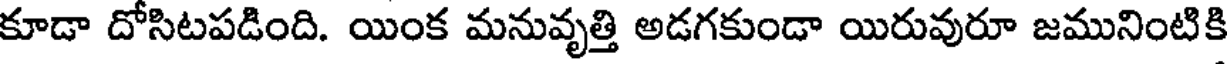
కూడా దోసిటపడింది. యింక మనువృత్తి అడగకుండా యిరువురూ జమునింటికి